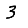
Digit: 3